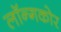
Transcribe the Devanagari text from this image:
लॉन्गकोर